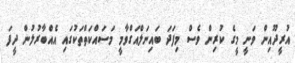
އުރީދޫއިން ވަނީ މީގެ ކުރިން ވެސް މިފަދަ ބައިނަލްއަގްވާމީ މަސައްކަތްތަކުގައި އެއްބާރުލުން ދީފަ